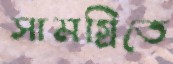
সামগ্রিতে